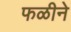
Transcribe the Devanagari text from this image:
फळीने